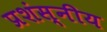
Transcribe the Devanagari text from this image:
प्रशंस्नीय